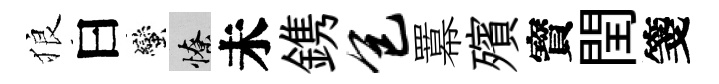
狼曰蠻憭未鎸包羃殯寳閏箋